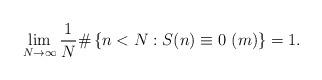
LaTeX: \begin{align*} \lim_{N\to\infty}\frac {1} {N}\# \left\{ n < N : S(n)\equiv0~(m)\right\}=1.\end{align*}